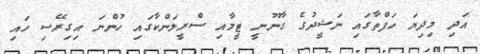
އަދި މިދިޔަ ހަފްތާގައި ނަޝީދުގެ ގާނޫނީ ޓީމާއި ސްރީލަންކާގައި ހުންނަ އިގިރޭސި ހައި